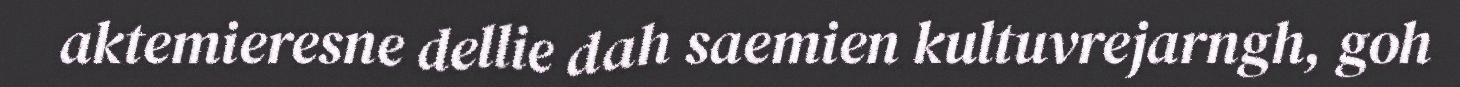
aktemieresne dellie dah saemien kultuvrejarngh, goh